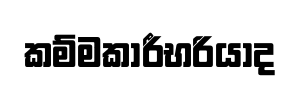
කම්මකාරීභරියාද